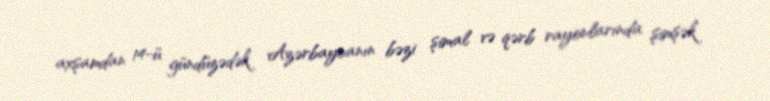
axşamdan 14-ü gündüzədək Azərbaycanın bəzi şimal və qərb rayonlarında şimşək